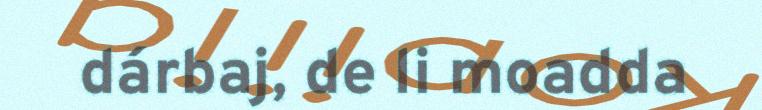
dárbaj, de li moadda